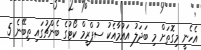
އެހެނީ މިގޮތަށް މި ބަދަލު އައުމާއެކު ސުޕްރީމް ކޯޓުގެ ބެންޗުގައި ތިބޭނެ 5